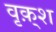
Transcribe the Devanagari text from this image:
वृक़्श